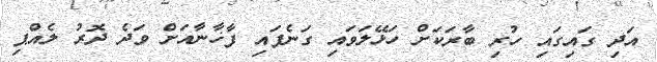
އަދި ގައިގައި ހުރި ބާރަކަށް ހަޅޭލަވައި ގަނެފައި ފާޚާނާއަށް ވަދެ ދޮރު ލެއްޕި